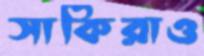
সাকিরাও